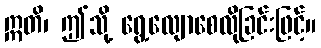
ဣတိ၊ ဤသို့ ရွေ့လျောစေလိုခြင်းဖြင့်။